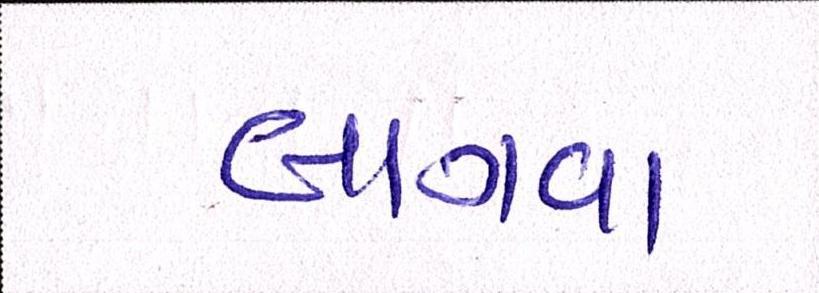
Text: લાગવા